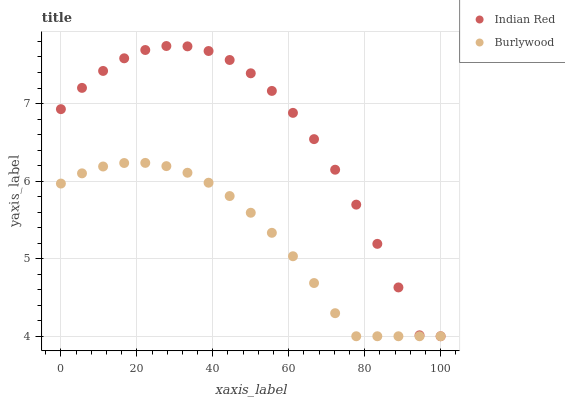
| xaxis_label | Indian Red | Burlywood |
 | --- | --- | --- |
 | 0 | 6.93 | 5.97 |
 | 5.56 | 7.2 | 6.1 |
 | 11.1 | 7.42 | 6.19 |
 | 16.7 | 7.58 | 6.23 |
 | 22.2 | 7.69 | 6.23 |
 | 27.8 | 7.74 | 6.19 |
 | 33.3 | 7.74 | 6.11 |
 | 38.9 | 7.68 | 5.98 |
 | 44.4 | 7.56 | 5.81 |
 | 50 | 7.39 | 5.59 |
 | 55.6 | 7.16 | 5.33 |
 | 61.1 | 6.88 | 5.03 |
 | 66.7 | 6.54 | 4.69 |
 | 72.2 | 6.15 | 4.3 |
 | 77.8 | 5.7 | 4 |
 | 83.3 | 5.19 | 4 |
 | 88.9 | 4.63 | 4 |
 | 94.4 | 4.01 | 4 |
 | 100 | 4 | 4 |